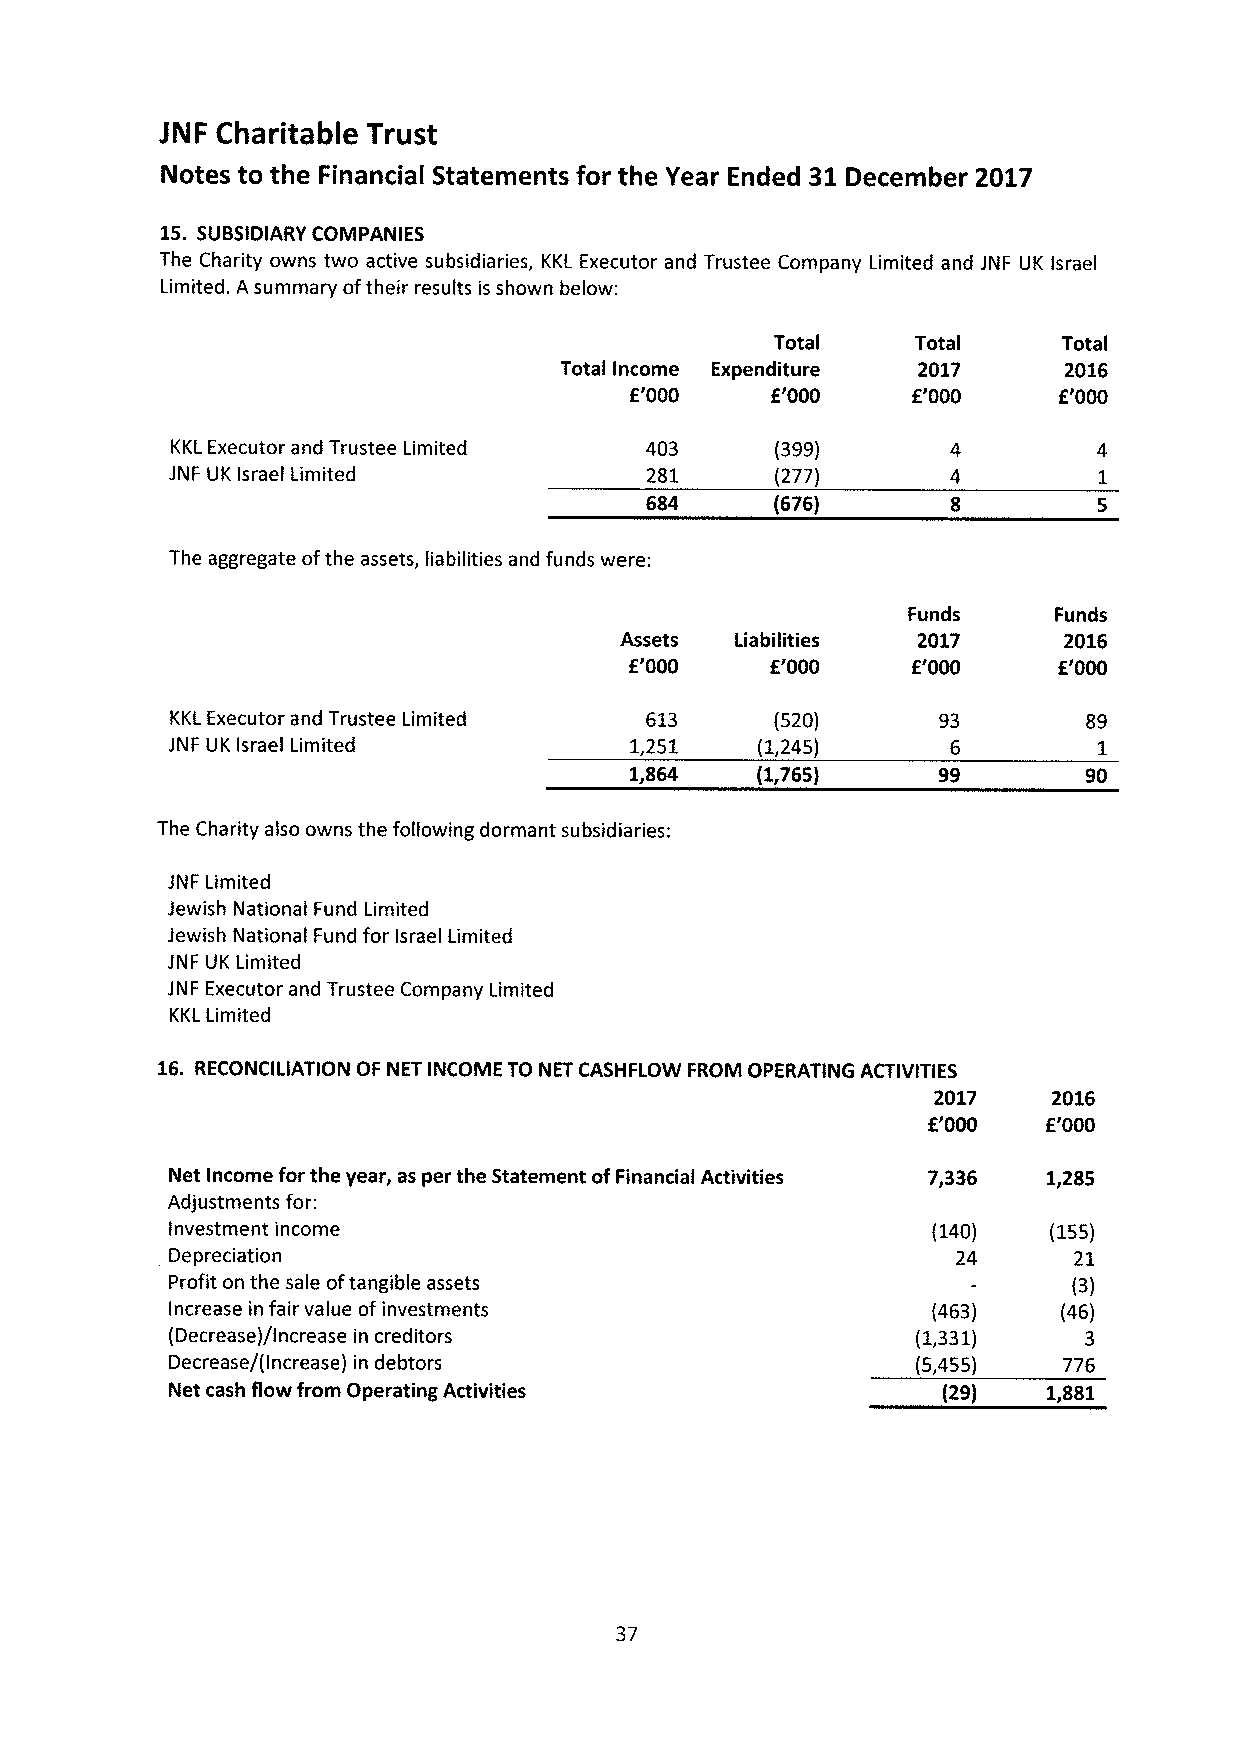
JNF Charitable Trust
 Notes to the Financial Statements for the Year Ended 31December 2017
 15. SUSSIDIARY COMPANIES
 The Charity owns two active subsidiaries, KKL Executor and Trustee Company Limited and JNF UK Israel
 Limited. A summary oftheir results is shown below:
 Total     Total    Total
 Total Income Expenditure 2017    2016
 f'000    f'000    f'000     f'000
 KKL Executor and Trustee Limited 403    (399)
 JNF UK Israel Limited           281     (277)
 684     (676)
 The aggregate ofthe assets, liabilities and funds were:
 Funds     Funds
 Assets  Liabilities 2017     2016
 f'000    f'000    f'000     f'000
 KKL Executor and Trustee Limited 613    (520)      93        89
 JNF UK Israel Limited          1,251   (1,245)      6         1
 1,864   (1,765)     99        90
 The Charity also owns the following dormant subsidiaries:
 JNF Limited
 Jewish National Fund Limited
 Jewish National Fund for Israel Limited
 JNF UK Limited
 JNF Executor and Trustee Company Limited
 KKL Limited
 16. RECONCILIATION OF NET INCOME TO NET CASHFLOW FROM OPERATING ACTIVITIES
 2017    2016
 f'000   f'000
 Net Income for the year, as per the Statement of Financial Activities 7,336 1,285
 Adjustments for:
 Investment income                                  (140)  (155)
 Depreciation                                        24      21
 Profit on the sale oftangible assets                        (3)
 Increase in fair value ofinvestments               (463)   (46)
 (Decrease)/Increase in creditors                  (1,331)    3
 Decrease/(Increase) in debtors                    (5,455)  776
 Net cash flow from Operating Activities            (29)   1,881
 37